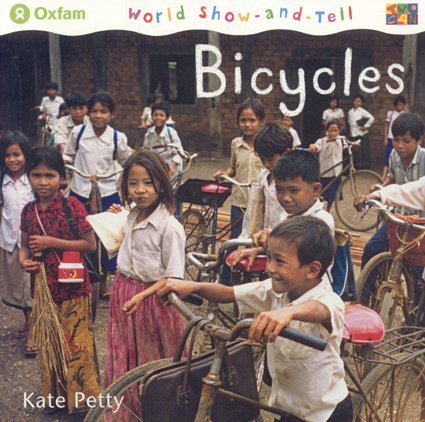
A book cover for Bicycles (World Show-and-Tell); Kate Petty; Children's Books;